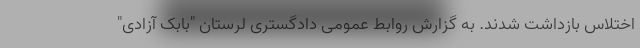
اختلاس بازداشت شدند. به گزارش روابط عمومی دادگستری لرستان "بابک آزادی"